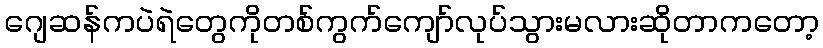
ဂျေဆန်ကပဲရဲတွေကိုတစ်ကွက်ကျော်လုပ်သွားမလားဆိုတာကတော့